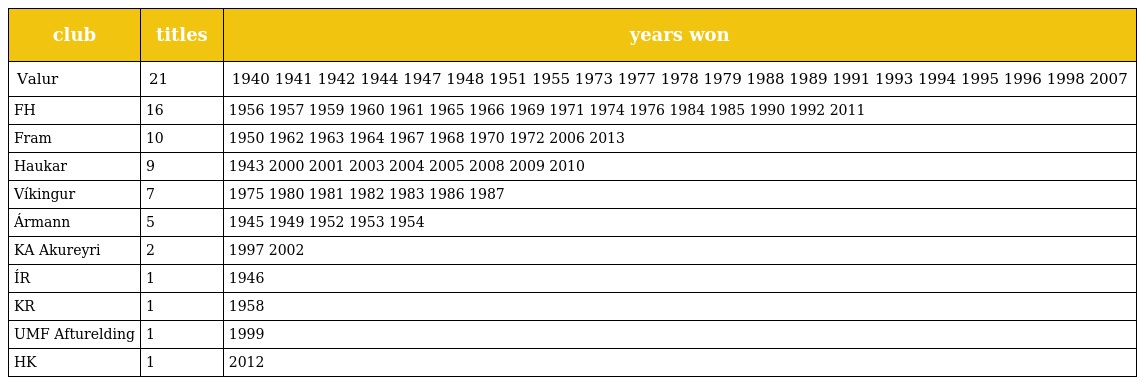
| club | titles | years won |
 | --- | --- | --- |
 | Valur | 21 | 1940 1941 1942 1944 1947 1948 1951 1955 1973 1977 1978 1979 1988 1989 1991 1993 1994 1995 1996 1998 2007 |
 | FH | 16 | 1956 1957 1959 1960 1961 1965 1966 1969 1971 1974 1976 1984 1985 1990 1992 2011 |
 | Fram | 10 | 1950 1962 1963 1964 1967 1968 1970 1972 2006 2013 |
 | Haukar | 9 | 1943 2000 2001 2003 2004 2005 2008 2009 2010 |
 | Víkingur | 7 | 1975 1980 1981 1982 1983 1986 1987 |
 | Ármann | 5 | 1945 1949 1952 1953 1954 |
 | KA Akureyri | 2 | 1997 2002 |
 | ÍR | 1 | 1946 |
 | KR | 1 | 1958 |
 | UMF Afturelding | 1 | 1999 |
 | HK | 1 | 2012 |